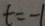
t = - 1